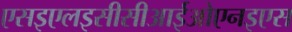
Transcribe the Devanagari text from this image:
एसइएलइसीसीआईओएनइएस